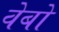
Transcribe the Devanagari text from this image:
वेबो